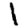
Digit: 1